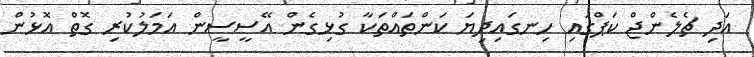
އަދި ޗެލެންޖް ކަޕްގައި ހިނގައިދިޔަ ކަންތައްތަކާ ގުޅިގެން އޭސީސީން އަމަލުކުރި ގޮތް އޮޅުން